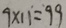
9 \times 1 1 = 9 9